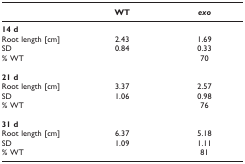
<table><thead><tr><td></td><td><b>WT</b></td><td><b><i>exo</i></b></td></tr></thead><tbody><tr><td><b>14 d</b></td><td></td><td></td></tr><tr><td>Root length [cm]</td><td>2.43</td><td>1.69</td></tr><tr><td>SD</td><td>0.84</td><td>0.33</td></tr><tr><td>% WT</td><td></td><td>70</td></tr><tr><td><b>21 d</b></td><td></td><td></td></tr><tr><td>Root length [cm]</td><td>3.37</td><td>2.57</td></tr><tr><td>SD</td><td>1.06</td><td>0.98</td></tr><tr><td>% WT</td><td></td><td>76</td></tr><tr><td><b>31 d</b></td><td></td><td></td></tr><tr><td>Root length [cm]</td><td>6.37</td><td>5.18</td></tr><tr><td>SD</td><td>1.09</td><td>1.11</td></tr><tr><td>% WT</td><td></td><td>81</td></tr></tbody></table>